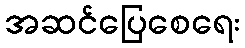
အဆင်ပြေစေရေး